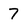
Character: 7